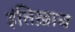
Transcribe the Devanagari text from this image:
इंतिख़ाब